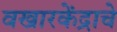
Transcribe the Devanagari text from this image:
वखारकेंद्राचे